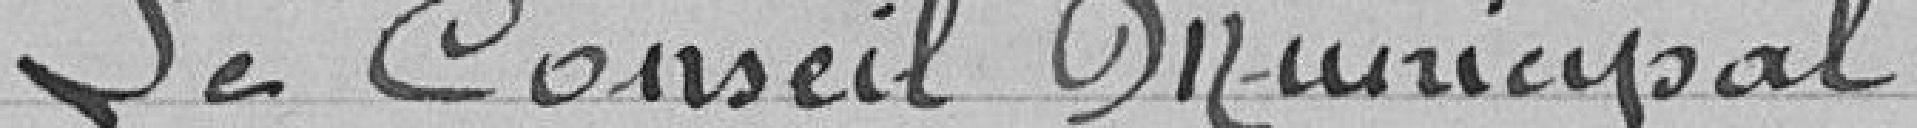
Le Conseil Municipal